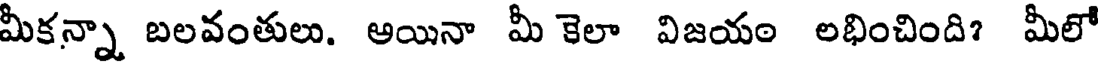
మీకన్నా బలవంతులు. ఆయినా మీ కెలా విజయం లభించింది? మీలో